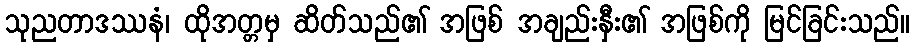
သုညတာဒဿနံ၊ ထိုအတ္တမှ ဆိတ်သည်၏ အဖြစ် အချည်းနှီး၏ အဖြစ်ကို မြင်ခြင်းသည်။